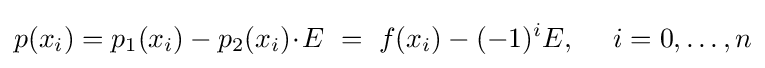
p(x_{i})=p_{1}(x_{i})-p_{2}(x_{i})\!\cdot \!E\ =\ f(x_{i})-(-1)^{i}E,\ \ \ \ i=0,\ldots ,n